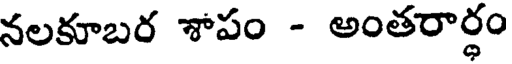
నలకూబర శాపం - అంతరార్ధం